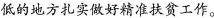
\underset{·}{低}的地方扎实做好精准扶贫工作。